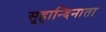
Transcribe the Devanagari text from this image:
सुहान्दिनाता